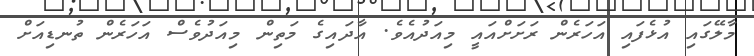
މާލޭގައި އުޅެފައި އަހަރެން ރަށަށްއައީ މިއަދުއެވެ. އާދައިގެ މަތިން މިއަދުވެސް އަހަރެން ތުނޑިއަށް